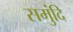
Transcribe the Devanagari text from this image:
समुंदि